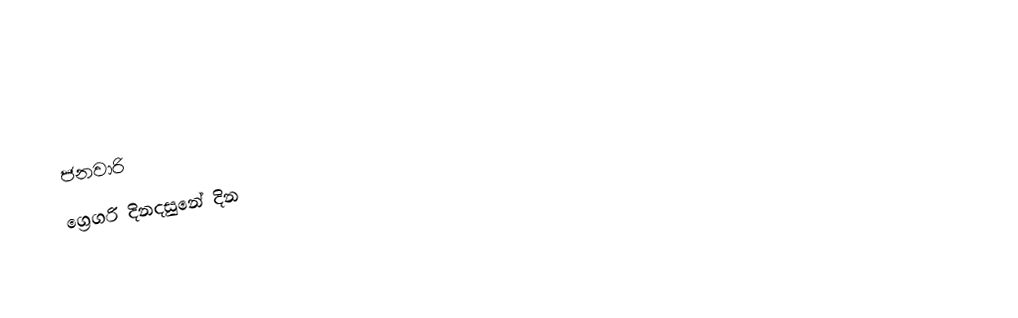
ජනවාරි
ග්‍රෙගරි දිනදසුනේ දින